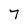
Character: 7